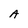
Character: A